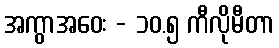
အကွာအဝေး - ၁၀.၅ ကီလိုမီတာ